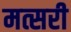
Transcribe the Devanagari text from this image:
मत्सरी